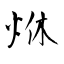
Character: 烌